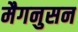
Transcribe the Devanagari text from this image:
मैगनुसन